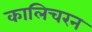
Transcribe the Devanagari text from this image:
कालिचरन